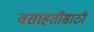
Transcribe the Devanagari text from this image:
वसाहतींसाठी